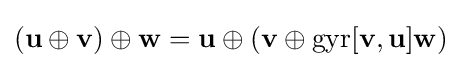
(\mathbf {u} \oplus \mathbf {v} )\oplus \mathbf {w} =\mathbf {u} \oplus (\mathbf {v} \oplus \mathrm {gyr} [\mathbf {v} ,\mathbf {u} ]\mathbf {w} )